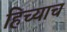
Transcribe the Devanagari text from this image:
हिच्याच